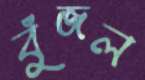
বুঁজল